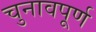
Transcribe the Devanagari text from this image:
चुनावपूर्ण